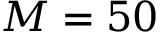
M = 5 0